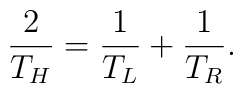
{2\over T_H} = {1\over T_L} + {1\over T_R}.